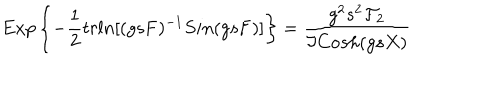
LaTeX: E x p \left\{ - \frac { 1 } { 2 } t r l n [ ( g s { \bf F } ) ^ { - 1 } S i n ( g s { \bf F } ) ] \right\} = \frac { g ^ { 2 } s ^ { 2 } { \cal F } _ { 2 } } { \Im C o s h ( g s X ) }